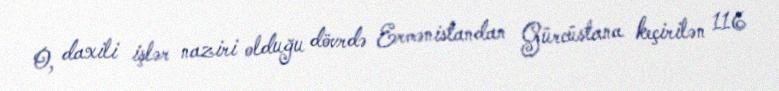
O, daxili işlər naziri olduğu dövrdə Ermənistandan Gürcüstana keçirilən 116